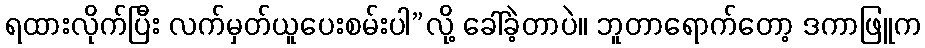
ရထားလိုက်ပြီး လက်မှတ်ယူပေးစမ်းပါ”လို့ ခေါ်ခဲ့တာပဲ။ ဘူတာရောက်တော့ ဒကာဖြူက